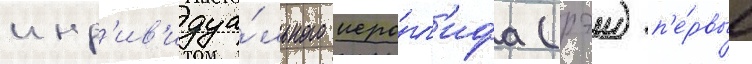
инд'ив'идуа́льного иеро́гл'ифа (рэи) п'е́рвые